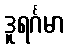
ဒူရင်္ဂမာ